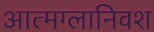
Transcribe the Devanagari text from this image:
आत्मग्लानिवश